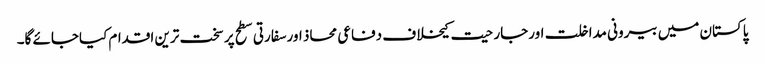
پاکستان میں بیرونی مداخلت اورجارحیت کیخلاف دفاعی محاذ اورسفارتی سطح پر سخت ترین اقدام کیاجائے گا۔